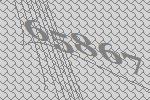
65867